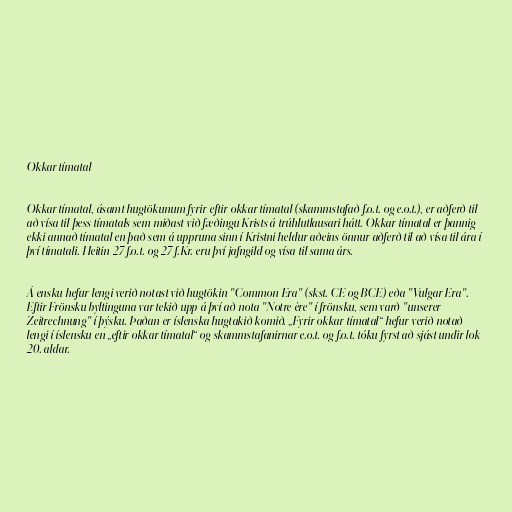
Okkar tímatal

Okkar tímatal, ásamt hugtökunum fyrir/eftir okkar tímatal (skammstafað f.o.t. og e.o.t.), er aðferð til
að vísa til þess tímatals sem miðast við fæðingu Krists á trúhlutlausari hátt. Okkar tímatal er þannig
ekki annað tímatal en það sem á uppruna sinn í Kristni heldur aðeins önnur aðferð til að vísa til ára í
því tímatali. Heitin 27 f.o.t. og 27 f.Kr. eru því jafngild og vísa til sama árs.

Á ensku hefur lengi verið notast við hugtökin "Common Era" (skst. CE og BCE) eða "Vulgar Era".
Eftir Frönsku byltinguna var tekið upp á því að nota "Notre ère" í frönsku, sem varð "unserer
Zeitrechnung" í þýsku. Þaðan er íslenska hugtakið komið. „Fyrir okkar tímatal“ hefur verið notað
lengi í íslensku en „eftir okkar tímatal“ og skammstafanirnar e.o.t. og f.o.t. tóku fyrst að sjást undir lok
20. aldar.